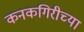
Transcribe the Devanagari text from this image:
कनकगिरीच्या